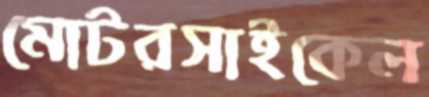
মোটরসাইকেল